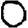
Digit: 0